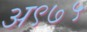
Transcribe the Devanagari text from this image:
अ९७५